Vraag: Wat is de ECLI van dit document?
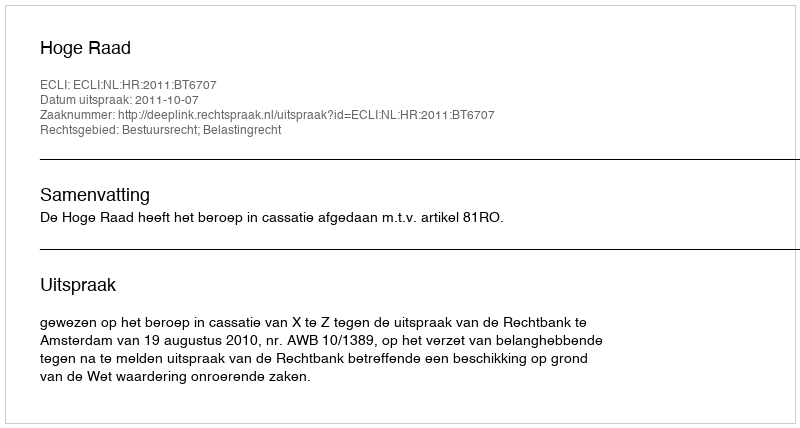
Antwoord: ECLI:NL:HR:2011:BT6707